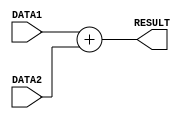
/*********************************/
/* CO224 - Computer Architecture */
/* Lab 05 - Part 1				 */
/* ADD Sub-Module				 */
/* Group - 20					 */
/*********************************/


//The ADD functional unit adds together the two 8-bit numbers given in DATA1 and DATA2 and sends the answer to the RESULT output
//Contains a delay of 2 time units
module ADD(DATA1, DATA2, RESULT);

	//Declaration of two 8-bit data inputs
	input [7:0] DATA1, DATA2;
	
	//Declaration of output
	output [7:0] RESULT;
	
	//Assigns evaluated addition of DATA1 and DATA2 to RESULT after 2 time unit delay
	assign #2 RESULT = DATA1 + DATA2;
	
endmodule